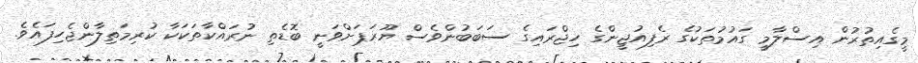
މީގެއިތުރުން އިސްލާމީ ގައުމުތަކުގެ ރެފިއުޖީންގެ ހިޖްރައިގެ ސަބަބުންވެސް ޔޫރަޕަށްވަނީ ބޮޑެތި ނުރައްކާތަކަކާ ކުރިމަތިލާންޖެހިފައެވެ.